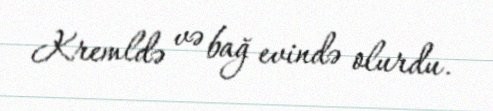
Kremldə və bağ evində olurdu.